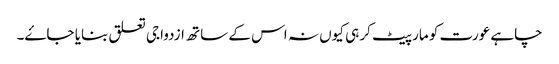
چاہے عورت کو مار پیٹ کر ہی کیوں نہ اس کے ساتھ ازدواجی تعلق بنایا جاۓ۔